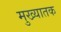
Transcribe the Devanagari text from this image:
मुख्यातक